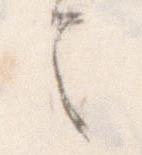
令